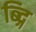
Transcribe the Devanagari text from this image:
ब्द्गि